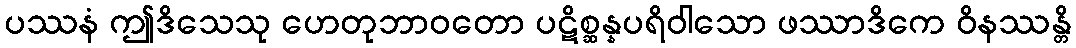
ပဿနံ ဤဒိသေသု ဟေတုဘာဝတော ပဋိစ္ဆန္နပရိဝါသော ဖဿာဒိကေ ဝိနဿန္တိ